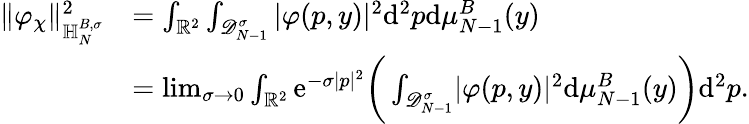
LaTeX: \begin{array}{rl}{\Vert\varphi_{\chi}\Vert_{{\mathbb H}_{N}^{B,\sigma}}^{2}}&{=\int_{\mathbb R^{2}}\int_{\mathscr D_{N-1}^{\sigma}}\vert\varphi(p,y)\vert^{2}\mathrm{d}^{2}p\mathrm{d}\mu_{N-1}^{B}(y)}\\ &{=\operatorname*{lim}_{\sigma\to 0}\int_{\mathbb R^{2}}\mathrm{e}^{-\sigma|p|^{2}}\bigg(\int_{\mathscr D_{N-1}^{\sigma}}\! \vert\varphi(p,y)\vert^{2}\mathrm{d}\mu_{N-1}^{B}(y)\bigg)\mathrm{d}^{2}p.}\end{array}